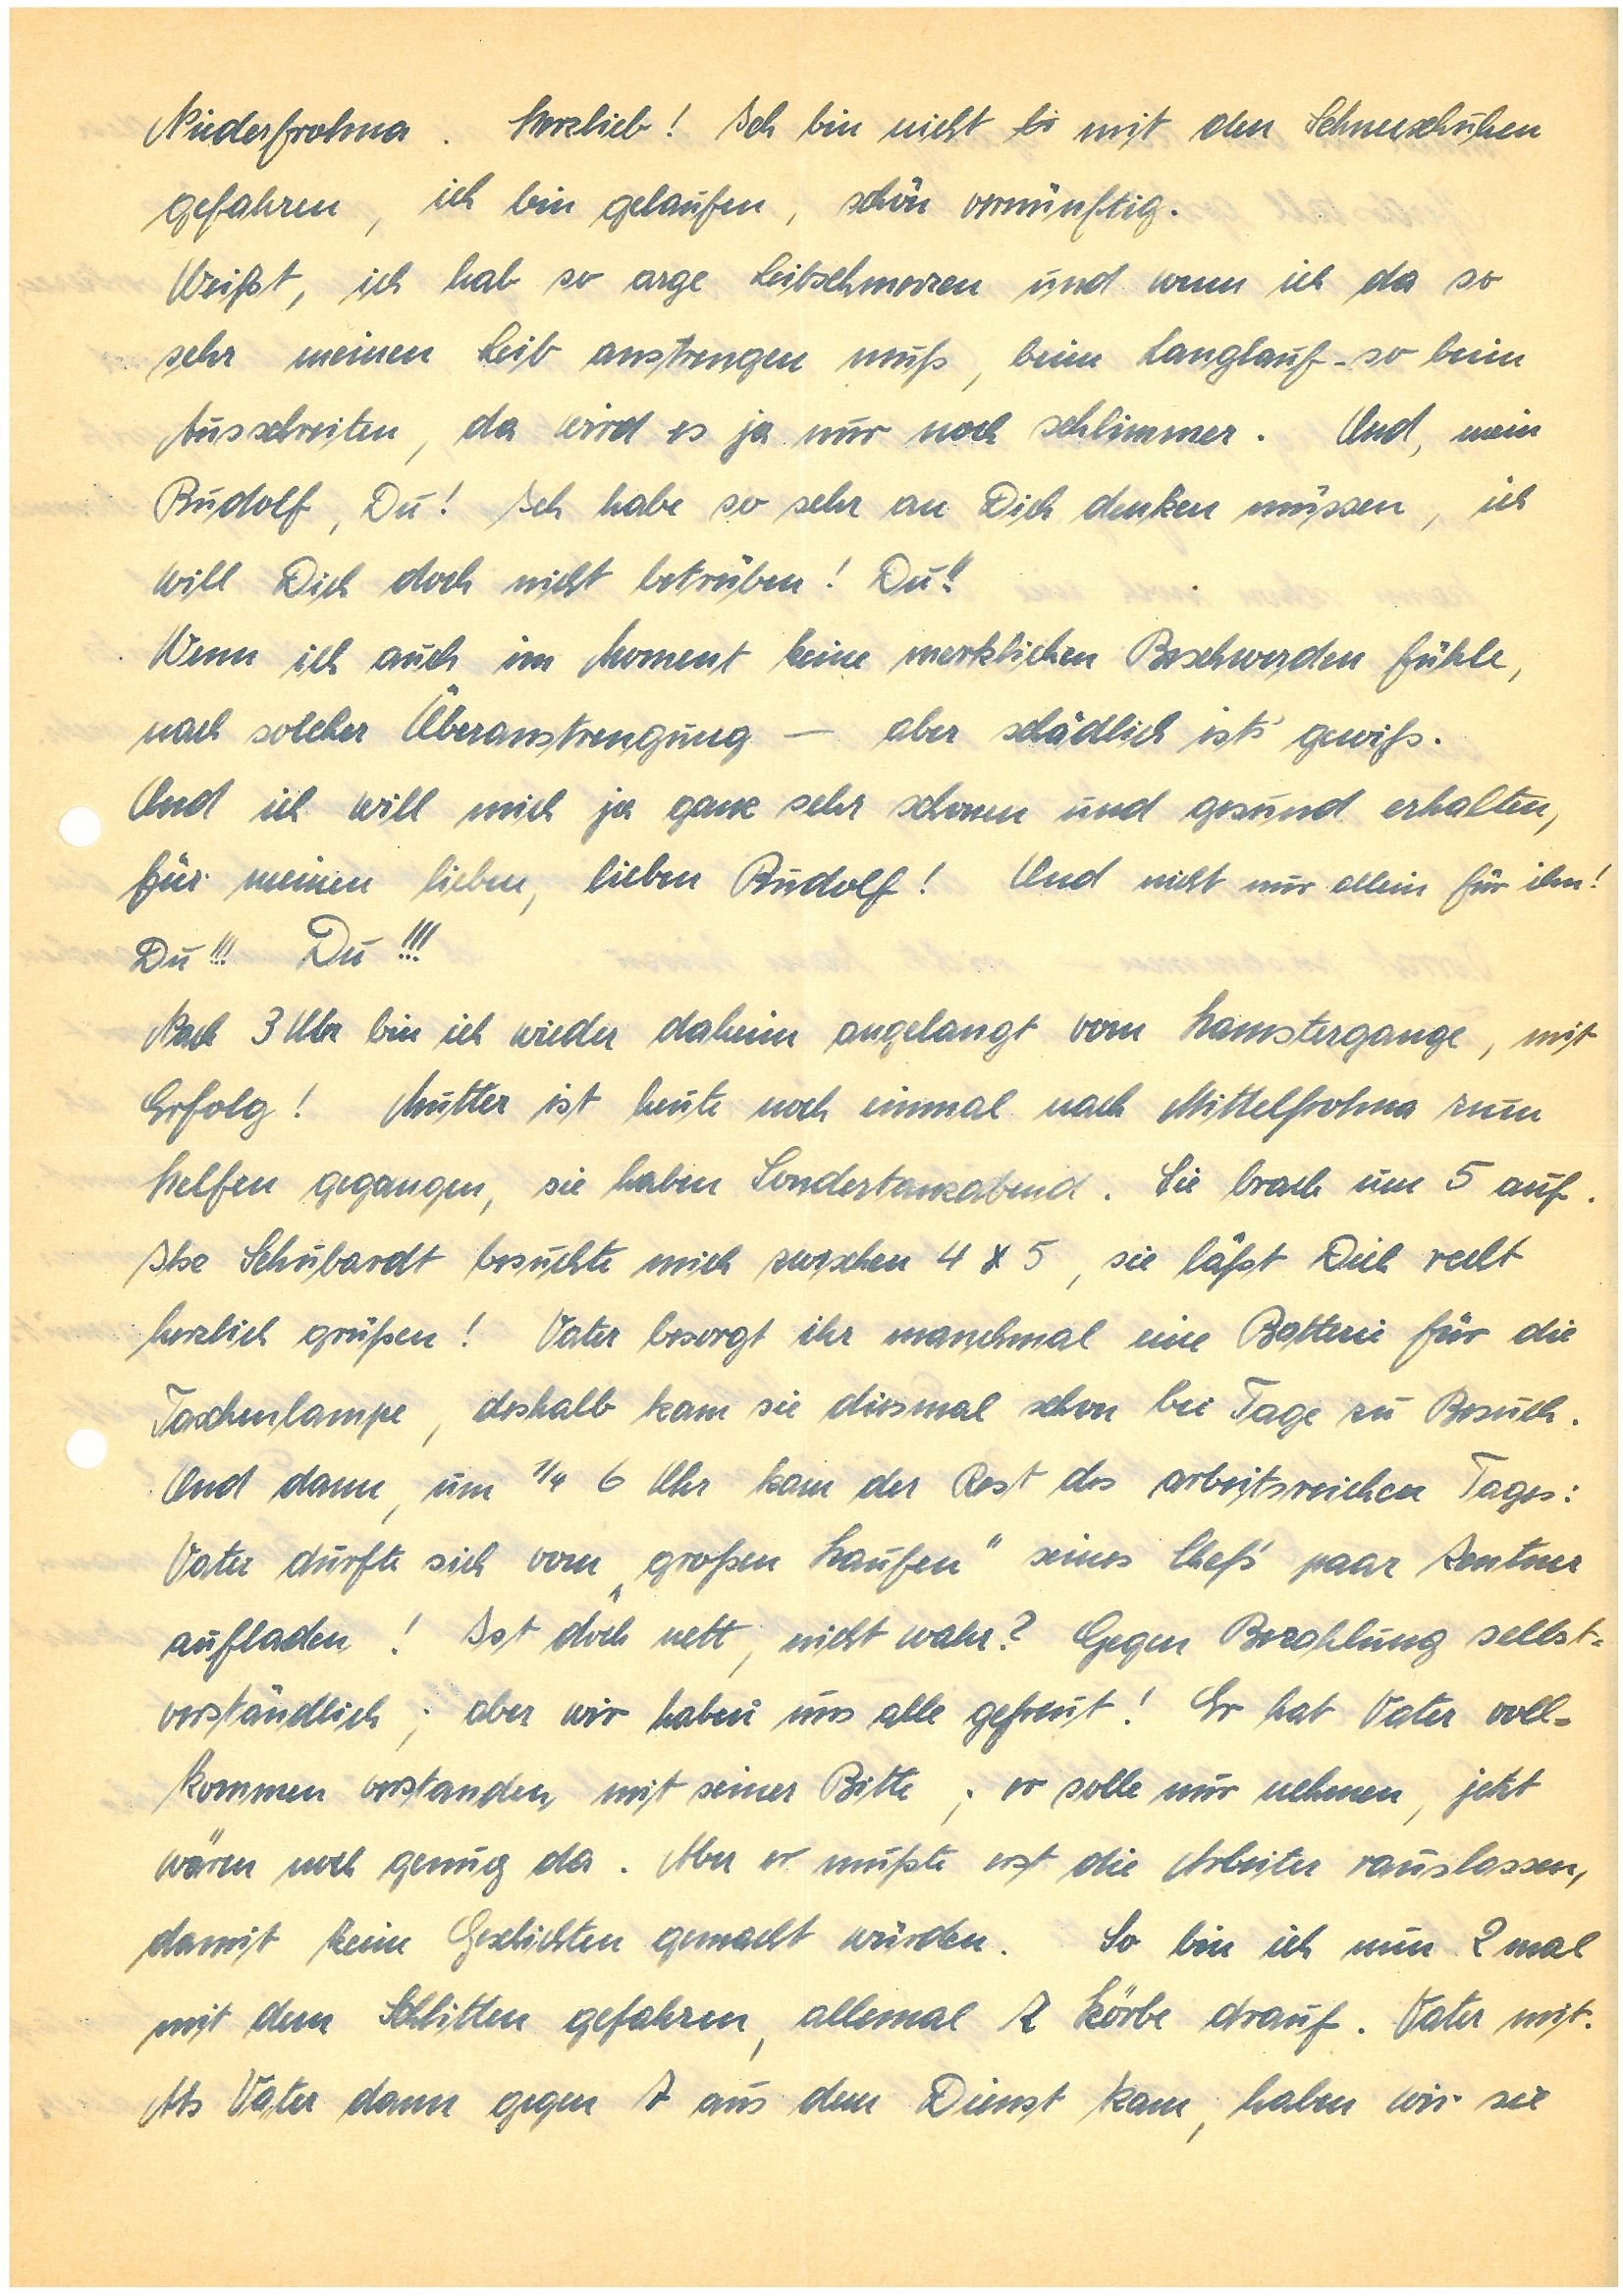
N.. Herzlieb! Ich bin nicht bi mit den Schneeschuhen
gefahren, ich bin gelaufen, schön vernünftig.
Weißt, ich hab so arge Leibschmerzen und wenn ich da so
sehr meinen Leib anstrengen muß, beim Langlauf – so beim
Ausschreiten, da wird es ja nur noch schlimmer. Und, mein,
Du! Ich habe so sehr an Dich denken müssen, ich
will Dich doch nicht betrüben! Du!!
Wenn ich auch im Moment keine merklichen Beschwerden fühle,
nach solcher Überanstrengung – aber schädlich ist’s gewiß.
Und ich will mich ja ganz sehr schonen und gesund erhalten,
für meinen lieben, lieben! Und nicht allein für ihn!
Du!!! Du!!!
Nach 3 Uhr bin ich wieder daheim angelangt vom Hamstergange, mit
Erfolg! Mutter ist heute noch einmal nach M. zum
helfen gegangen, sie haben Sondertanzabend. Sie brach um 5 auf.
Ilse S. besuchte mich zwischen 4 & 5, sie läßt Dich recht
herzlich grüßen! Vater besorgt ihr manchmal eine Batterie für die
Taschenlampe, deshalb kam sie diesmal schon bei Tage zu Besuch.
Und dann, um 1/4 6 Uhr kam der Rest des arbeitsreichen Tages:
Vater durfte sich vom „großen Haufen“ seines Chef’s paar Zentner
aufladen! Ist doch nett, nicht wahr? Gegen Bezahlung selbst¬
verständlich; aber wir haben uns alle gefreut! Er hat Vater voll¬
kommen verstanden mit seiner Bitte; er solle nur nehmen, jetzt
wären noch genug da. Aber er mußte erst die Arbeiter rauslassen,
damit keine Geschichten gemacht würden. So bin ich nun 2 Mal
mit dem Schlitten gefahren, allemal 2 Körbe drauf. Vater mit.
Als Vater dann gegen 7 aus dem Dienst kam, haben wir sie